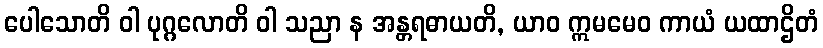
ပေါသောတိ ဝါ ပုဂ္ဂလောတိ ဝါ သညာ န အန္တရဓာယတိ, ယာဝ ဣမမေဝ ကာယံ ယထာဌိတံ